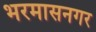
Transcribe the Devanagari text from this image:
भरमासनगर